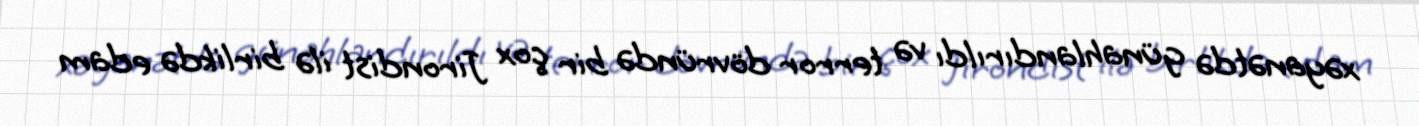
xəyanətdə günahlandırıldı və terror dövründə bir çox Jirondist ilə birlikdə edam